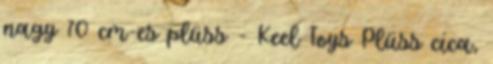
nagy 70 cm-es plüss - Keel Toys Plüss cica,